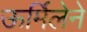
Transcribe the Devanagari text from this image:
ऊर्मिलेने